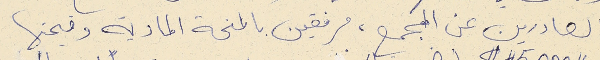
الصادرين عن المجمع، مرفقين بالمنحة المادية وقيمتها